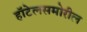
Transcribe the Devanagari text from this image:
हॉटेलसमोरील